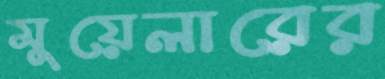
মুয়েলারের